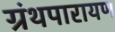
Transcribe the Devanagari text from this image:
ग्रंथपारायण